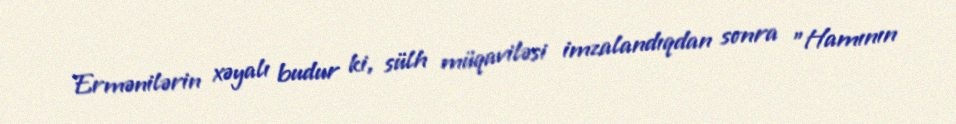
Ermənilərin xəyalı budur ki, sülh müqaviləsi imzalandıqdan sonra "Hamının